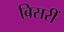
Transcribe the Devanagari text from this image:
बिसरीं